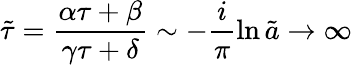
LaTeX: \tilde{\tau}=\frac{\alpha\tau+\beta}{\gamma\tau+\delta}\sim-\frac{i}{\pi}\ln\tilde{a}\rightarrow\infty